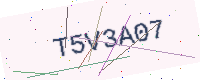
Text: T5V3A07